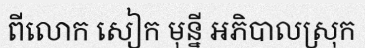
ពីលោក សៀក មុន្នី អភិបាលស្រុក